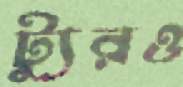
ট্যুরও